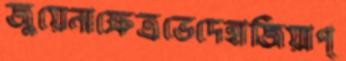
জুয়েনাক্ষেত্রভেদেহাজিয়াপ্